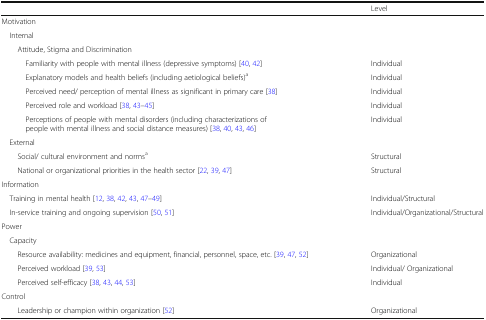
<table><thead><tr><td></td><td><b>Level</b></td></tr></thead><tbody><tr><td colspan="2">Motivation</td></tr><tr><td colspan="2"> Internal</td></tr><tr><td colspan="2">Attitude, Stigma and Discrimination</td></tr><tr><td>Familiarity with people with mental illness (depressive symptoms) [40, 42]</td><td>Individual</td></tr><tr><td>Explanatory models and health beliefs (including aetiological beliefs)<sup>a</sup></td><td>Individual</td></tr><tr><td>Perceived need/ perception of mental illness as significant in primary care [38]</td><td>Individual</td></tr><tr><td>Perceived role and workload [38, 43–45]</td><td>Individual</td></tr><tr><td>Perceptions of people with mental disorders (including characterizations of people with mental illness and social distance measures) [38, 40, 43, 46]</td><td>Individual</td></tr><tr><td colspan="2"> External</td></tr><tr><td>Social/ cultural environment and norms<sup>a</sup></td><td>Structural</td></tr><tr><td>National or organizational priorities in the health sector [22, 39, 47]</td><td>Structural</td></tr><tr><td colspan="2">Information</td></tr><tr><td> Training in mental health [12, 38, 42, 43, 47–49]</td><td>Individual/Structural</td></tr><tr><td> In-service training and ongoing supervision [50, 51]</td><td>Individual/Organizational/Structural</td></tr><tr><td colspan="2">Power</td></tr><tr><td colspan="2"> Capacity</td></tr><tr><td>Resource availability: medicines and equipment, financial, personnel, space, etc. [39, 47, 52]</td><td>Organizational</td></tr><tr><td>Perceived workload [39, 53]</td><td>Individual/ Organizational</td></tr><tr><td>Perceived self-efficacy [38, 43, 44, 53]</td><td>Individual</td></tr><tr><td colspan="2">Control</td></tr><tr><td>Leadership or champion within organization [52]</td><td>Organizational</td></tr></tbody></table>